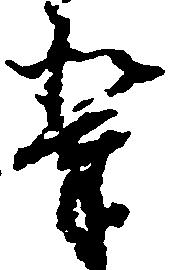
輩